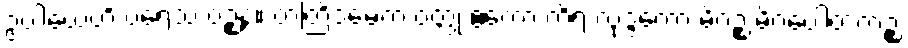
ဥပါယေဟိ ပရေသံ ဝဉ္စနံ။ တတြိဒမေကံ ဝတ္ထု ဧကော ကိရ လုဒ္ဒကော မိဂဉ္စ မိဂပေါတကဉ္စ